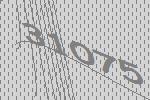
31075